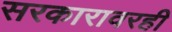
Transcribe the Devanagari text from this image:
सरकारावरही